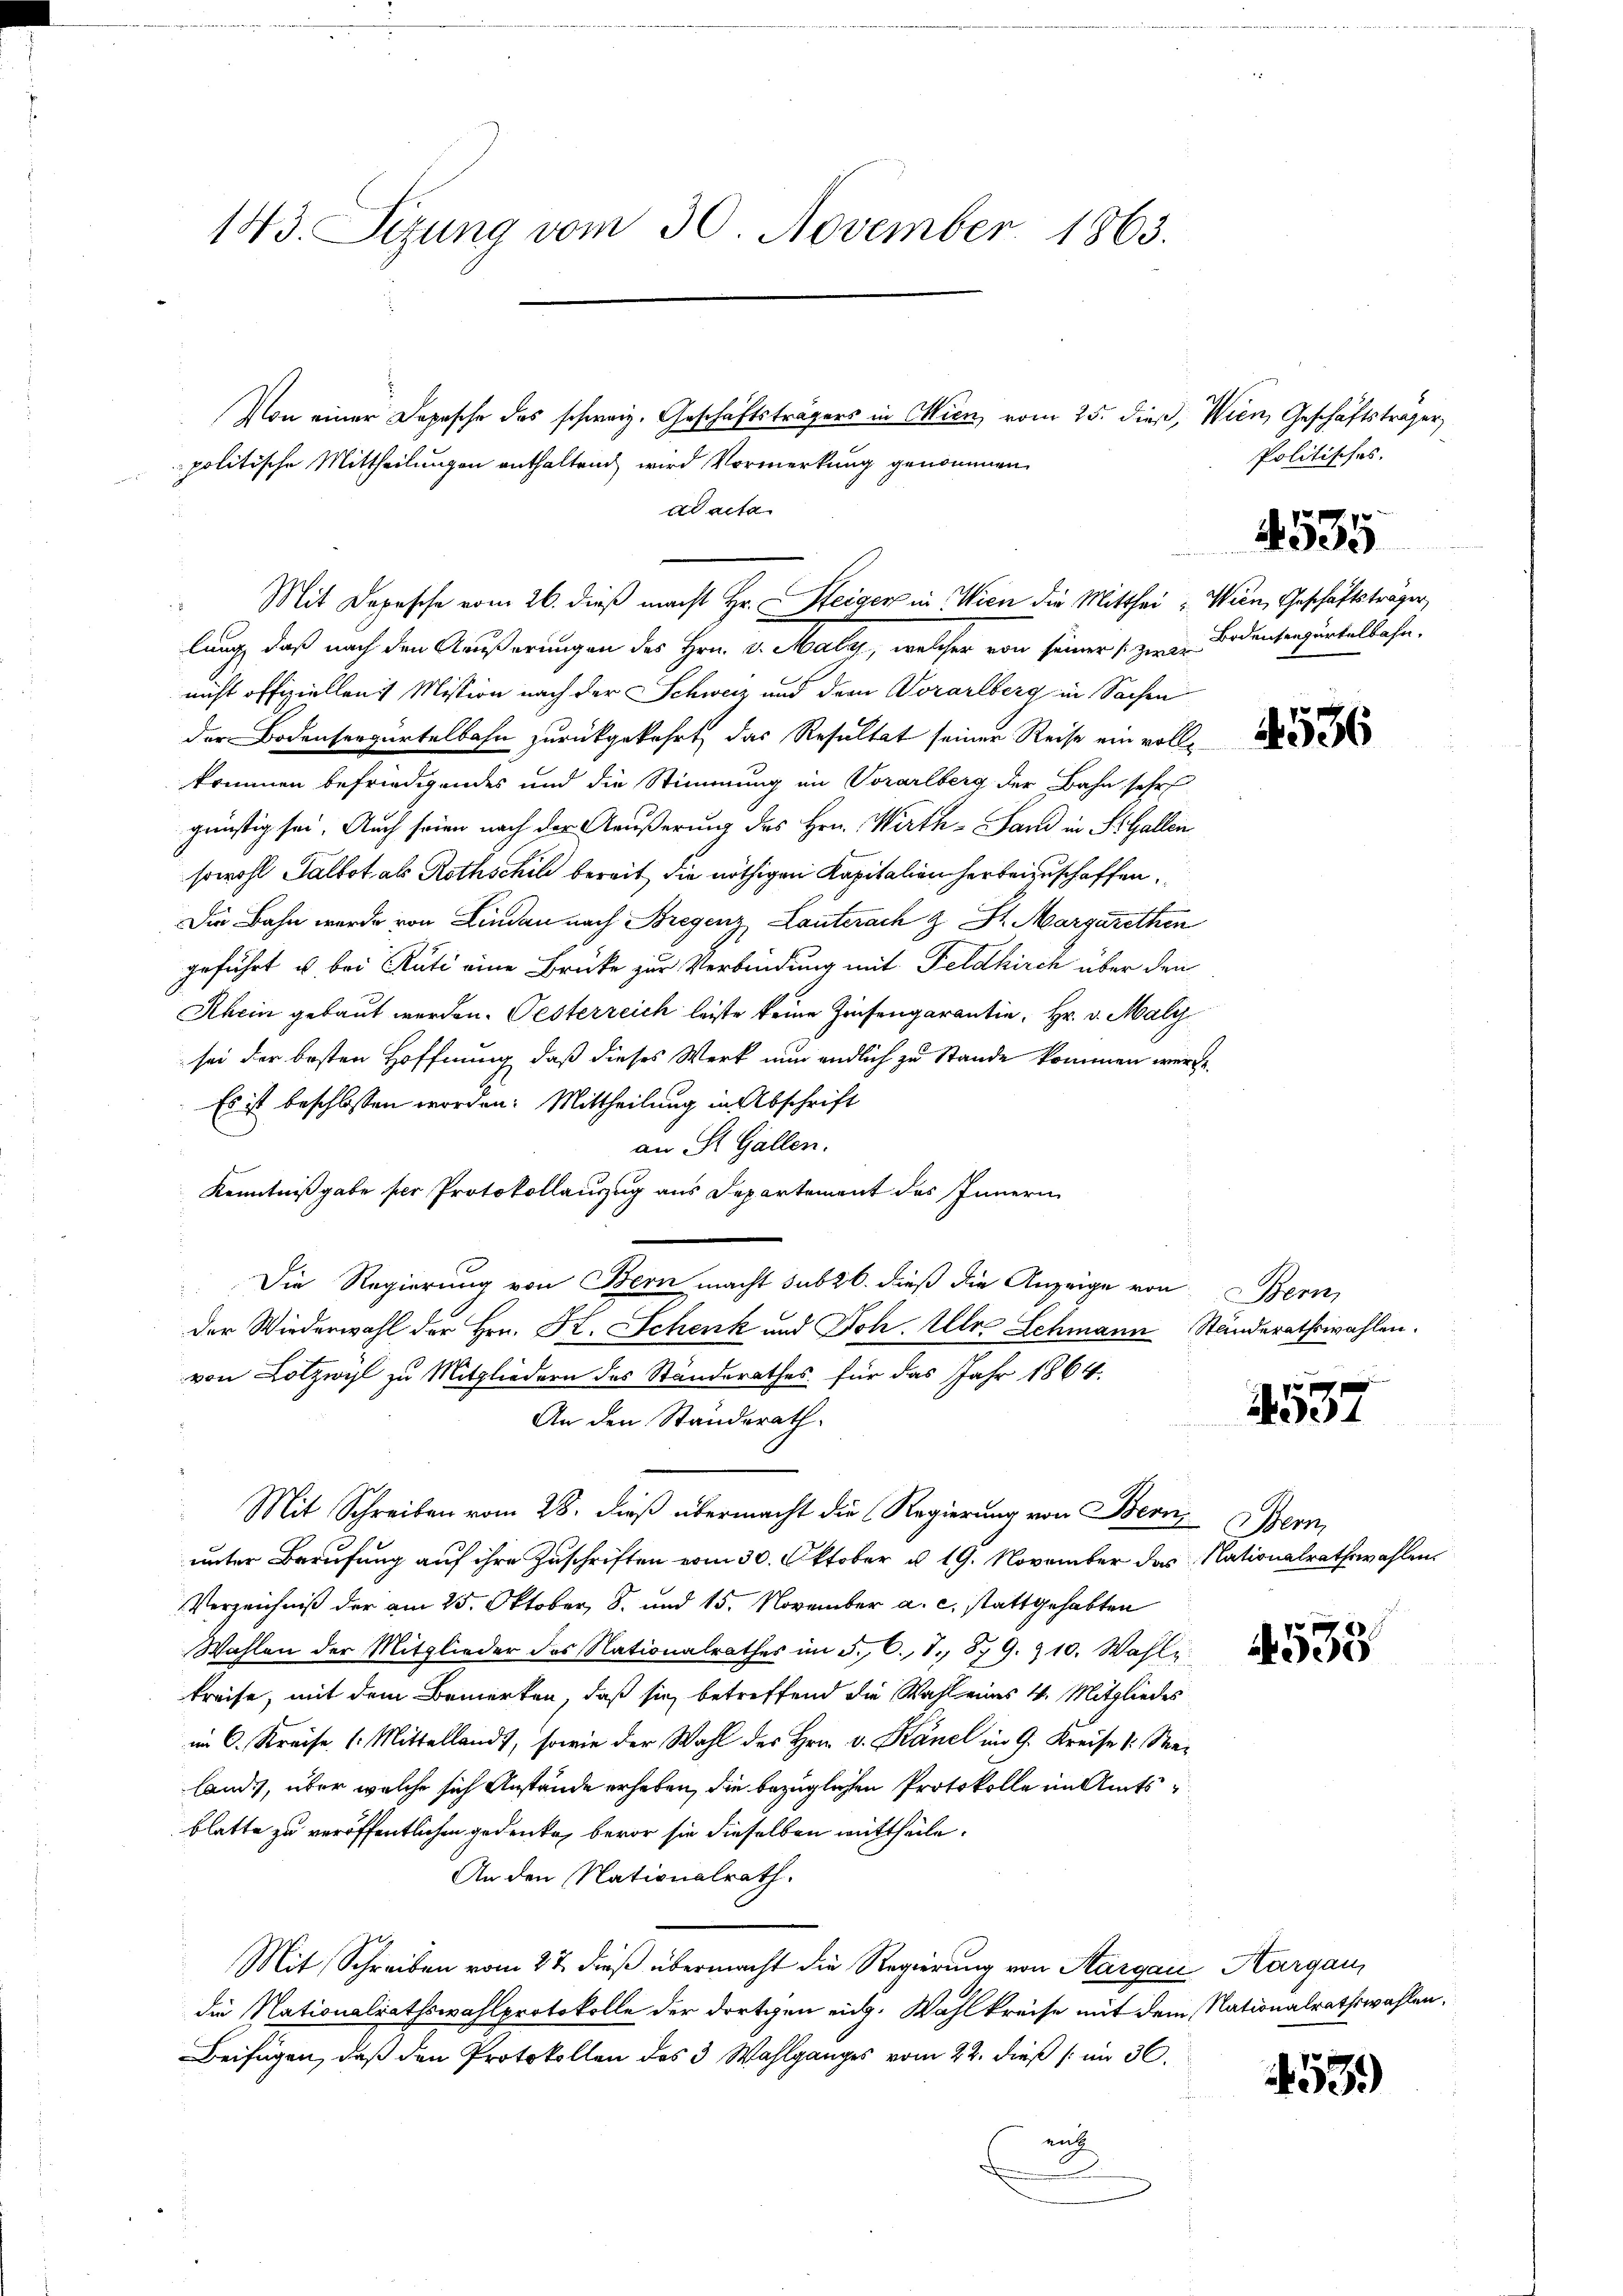
143. Sizung vom 30. November 1863.

Mit Depesche vom 26. dieß macht Hr. Steiger in Wien die Mitthei- Wien, Geschäftsträger,

Die Regierung von Bern macht sub 26. dieß die Anzeige von Bern,

Von einer Depesche des schweiz. Geschäftsträgers in Wien, vom 25. dieß, Wien, Geschäftsträger,
politische Mittheilungen enthaltend wird Vormerkung genommen
ad acta
lung, daß nach den Äußerungen des Hrn. v. Maly, welcher von seiner zu Bodenseegürtelbahn,
nicht offiziellen Mission nach der Schweiz und dem Vorarlberg in Sachen
der Bodensergürtelbahn zurückgekehrt, das Resultat seiner Reise ein vollkommen befriedigendes und die Stimmung im Vorarlberg der Bahn sehr
günstig sei. Auch seinen nach der Aeußerung des Hrn. Wirth- Sand in Si. Gallen
sowohl Salbot als Rothschil bereit, die nöthigen Kapitalien herbeizuschaffen.
Die Bahn werde von Lindau nach Bregenz, Lauterach & St. Margarethen
geführt u. bei Rüti eine Brücke zur Verbindung mit Feldkirch über den
Rhein gebaut werden. Oesterreich leiste keine Zinsengarantin, Hr. v. Maly
sei der besten Hoffnung, daß dieses Werk nun endlich zu Stande kommen werde.
Es ist beschlossen worden. Mittheilung in Abschrift
an St. Gallen.
Kenntnißgabe ser Protokollauszug aus Departement des Innern
der Wiederwahl der Hrn. Kr. Schenk und Joh. Alle Schmann Ständerathswahlen.
von Lotzwyl zu Mitgliedern des Standerathes für das Jahr 1864.
An den Standerath.
Mit Schreiben vom 28. dieß übermacht die Regierung von Bern
unter Berufung auf ihre Zuschriften vom 30. Oktober d. 19. November das Nationalrathswahlen
Verzeichniß der am 25. Oktober, 8. und 15. November a. c. stattgehabten
Wahlen der Mitglieder des Nationalrathes im 5. O., S. 879. & 10. Wahl
kreise, mit dem Bemerken, daß sie betreffend die Wahl eines 4. Mitgliedes
im C. Kreise (Mittellandt, sowie der Wahl des Hrn. v. Känel im G. Kreise 1 Melandes, über welche sich Anstände erheben, die bezüglichen Protokolle im Amtsblatte zu veröffentlichen gedenke, bevor sie dieselben mittheile.
An den Nationalrath.
Mit Schreiben vom 27. dieß übermacht die Regierung von Aargau, Aargau,
die Nationalrathswahlprotokolle der dortigen eidg. Wahlkreise mit dem Nationalrathswahlen.
Beifügen, daß den Protokollen des 3 Wahlganges vom 22. dieß (im 30.
ent
.

Politisches.

4535

4536

1

Sem

533

459)